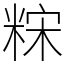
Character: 䊉